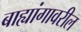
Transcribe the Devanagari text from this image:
बाह्यांगावरील